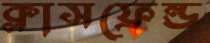
ক্লাসফ্রেন্ড